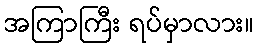
အကြာကြီး ရပ်မှာလား။